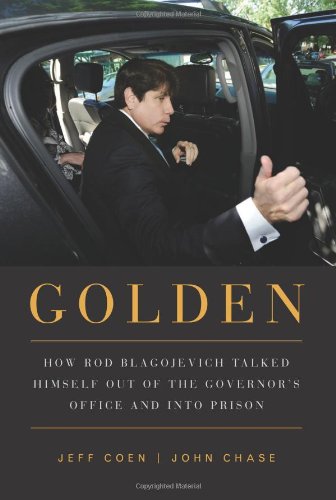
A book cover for Golden: How Rod Blagojevich Talked Himself out of the Governor's Office and into Prison; Jeff Coen; Biographies & Memoirs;